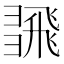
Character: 𢑮